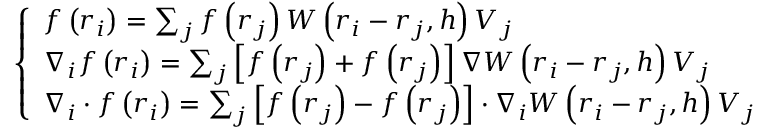
\left\{ \begin{array} { l } { f \left( \boldsymbol { r } _ { i } \right) = \sum _ { j } f \left( \boldsymbol { r } _ { j } \right) W \left( \boldsymbol { r } _ { i } - \boldsymbol { r } _ { j } , h \right) V _ { j } } \\ { \nabla _ { i } f \left( \boldsymbol { r } _ { i } \right) = \sum _ { j } \left[ f \left( \boldsymbol { r } _ { j } \right) + f \left( \boldsymbol { r } _ { j } \right) \right] \nabla W \left( \boldsymbol { r } _ { i } - \boldsymbol { r } _ { j } , h \right) V _ { j } } \\ { \nabla _ { i } \cdot \boldsymbol { f } \left( \boldsymbol { r } _ { i } \right) = \sum _ { j } \left[ \boldsymbol { f } \left( \boldsymbol { r } _ { j } \right) - \boldsymbol { f } \left( \boldsymbol { r } _ { j } \right) \right] \cdot \nabla _ { i } W \left( \boldsymbol { r } _ { i } - \boldsymbol { r } _ { j } , h \right) V _ { j } } \end{array} \right.